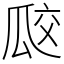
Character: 㼎